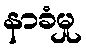
နာခံမှု